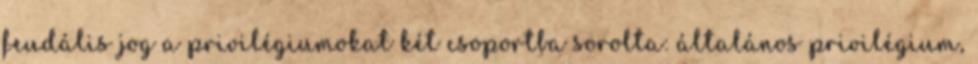
feudális jog a privilégiumokat két csoportba sorolta: általános privilégium,